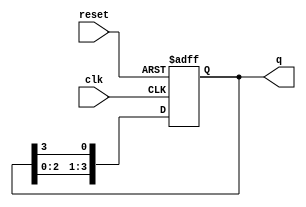
module ring_counter #(
    parameter N = 4  // Number of bits in the ring counter
)(
    input wire clk,      // Clock signal
    input wire reset,    // Asynchronous reset signal
    output reg [N-1:0] q // Output state of the counter
);

// Initialize the counter state
always @(posedge clk or posedge reset) begin
    if (reset) begin
        // Reset the counter to initial state (1 followed by N-1 zeros)
        q <= 1'b1 << (N-1); // Set the highest bit to '1'
    end else begin
        // Shift the '1' to the right
        q <= {q[N-2:0], q[N-1]}; // Shift right and wrap the last bit to the first position
    end
end

endmodule